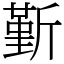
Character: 斳